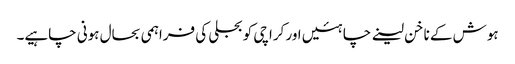
ہوش کے ناخن لینے چاہئیں اور کراچی کو بجلی کی فراہمی بحال ہونی چاہیے۔